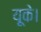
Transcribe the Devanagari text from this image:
यूके।